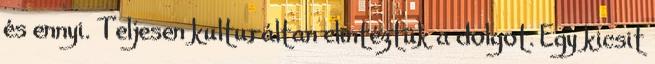
és ennyi. Teljesen kulturáltan elintéztük a dolgot. Egy kicsit